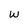
Character: w